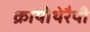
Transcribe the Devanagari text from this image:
क्रायोथेरैपी